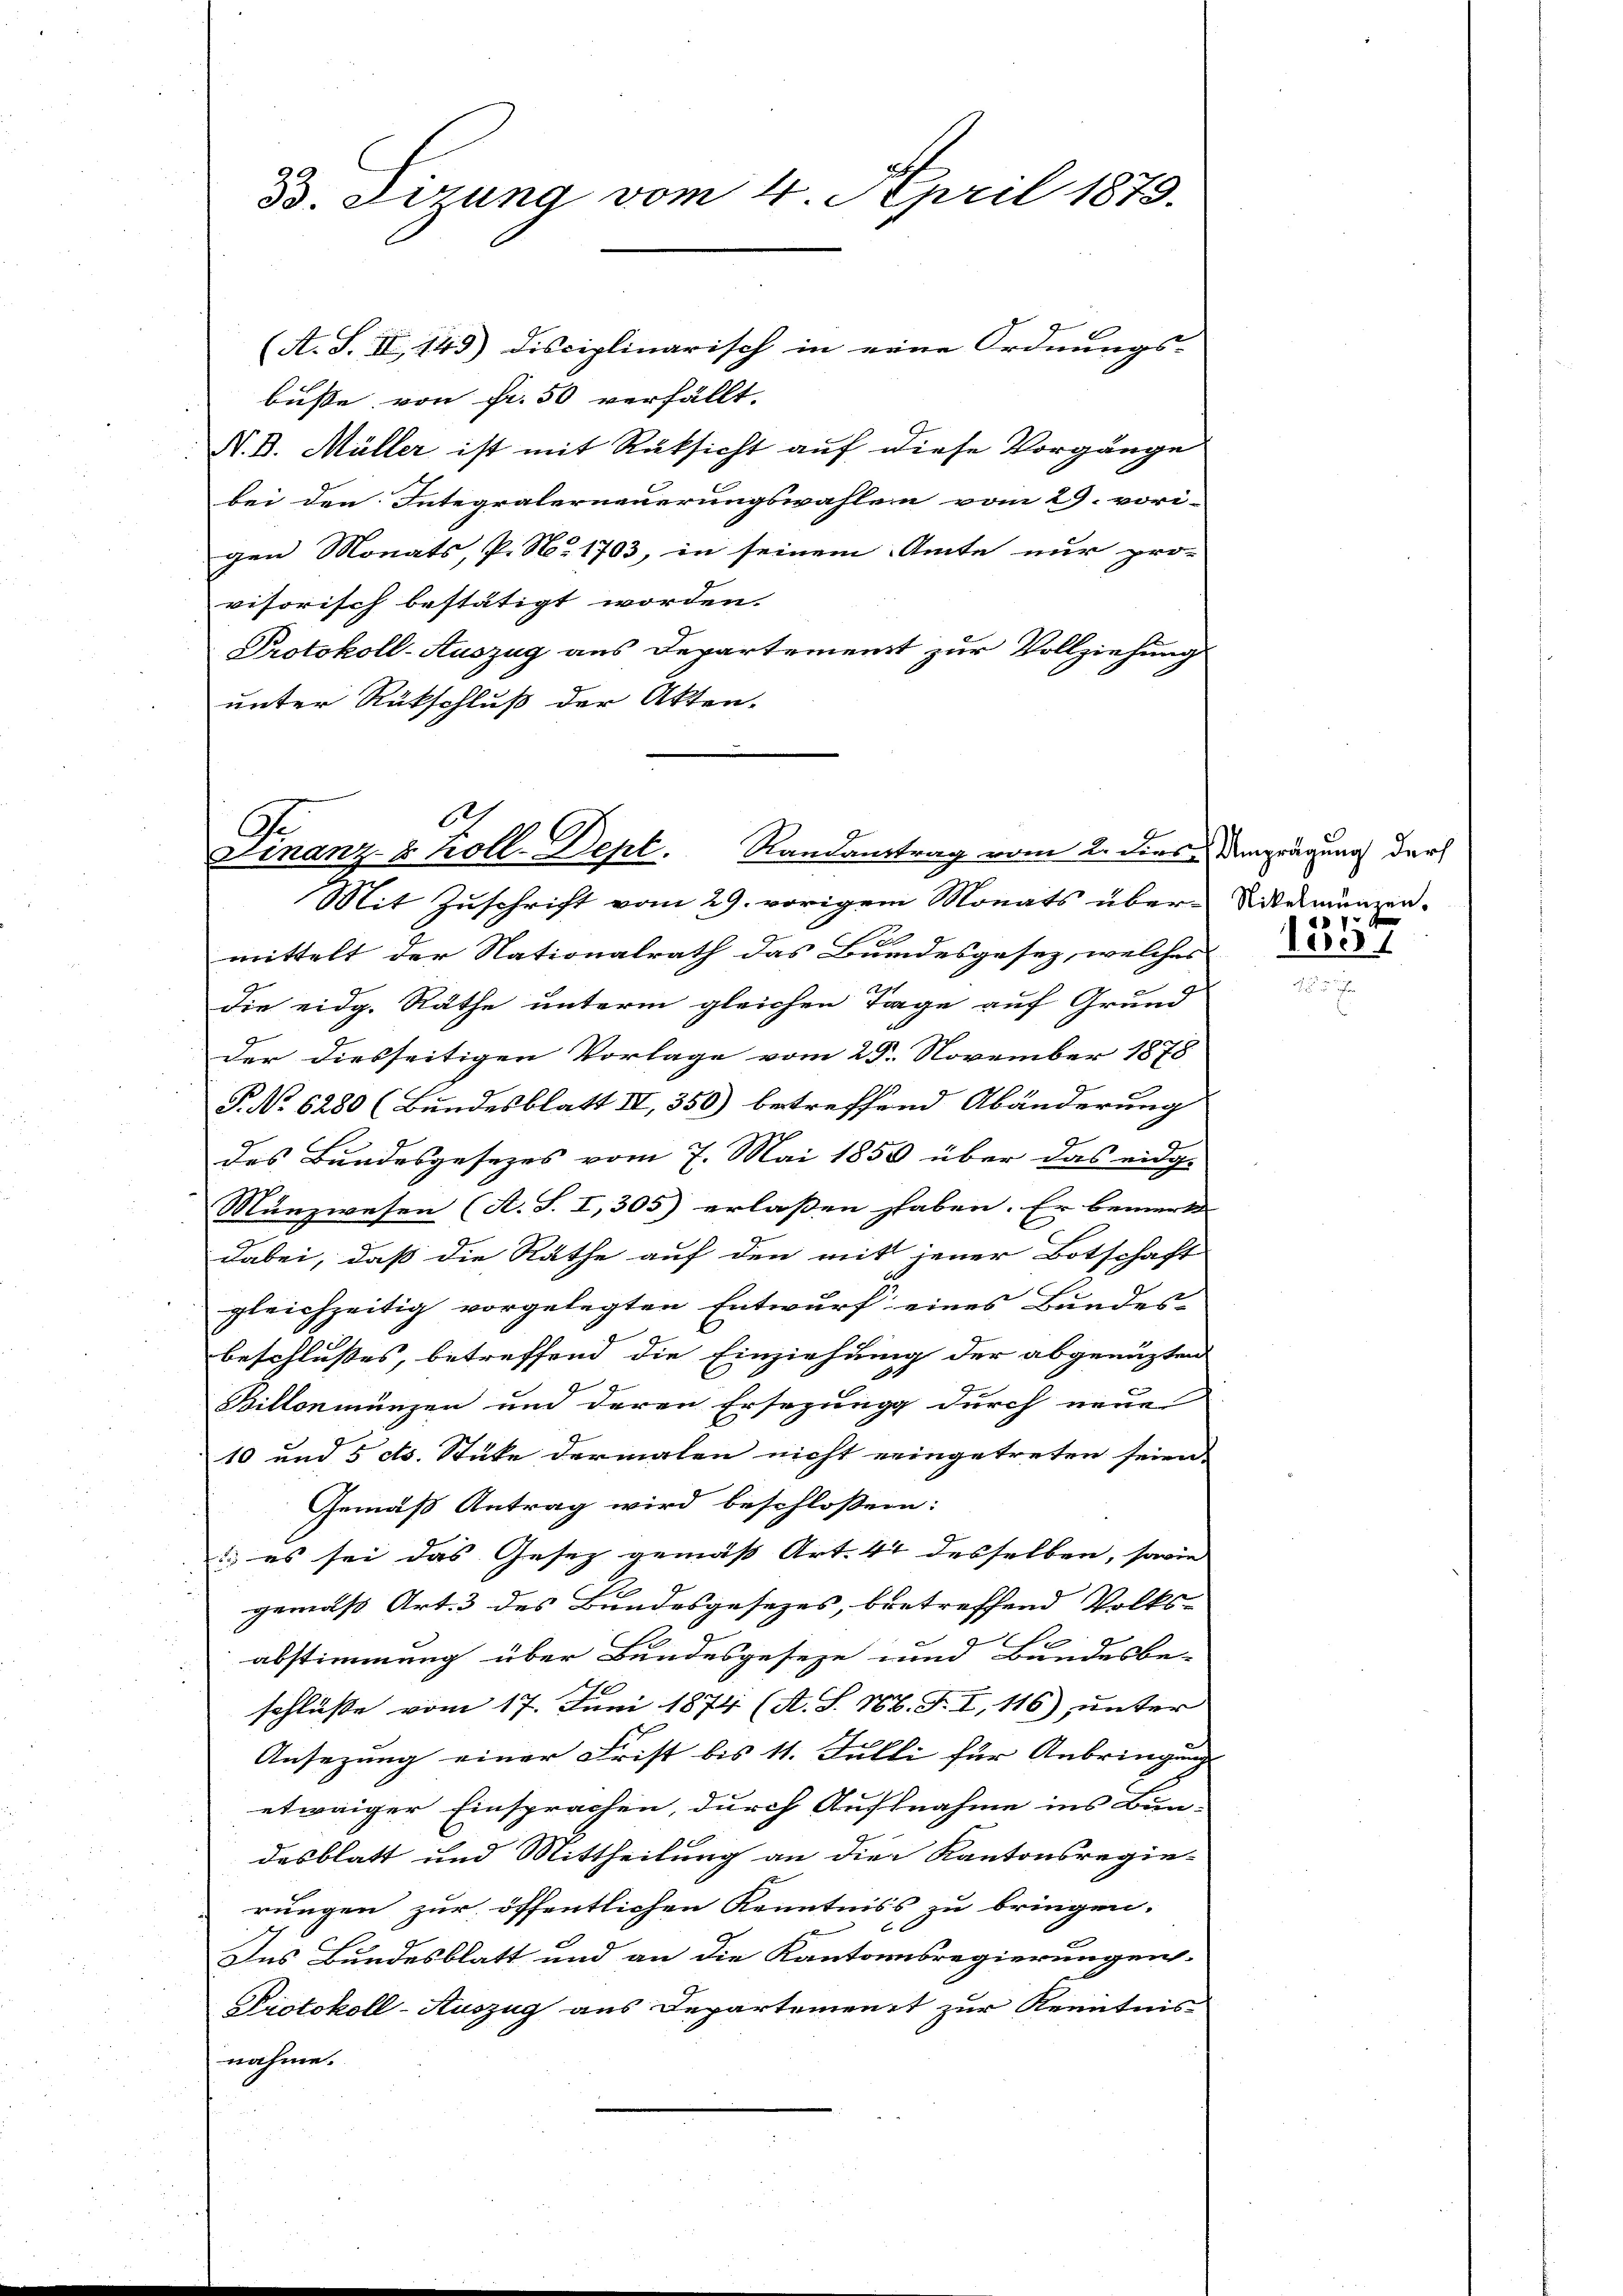
33. Sizung vom 4. April 1873.

(A. S. II, 143) Disciplinarisch in eine Ordnungs- |
busse von Fr. 50 verfällt.
N. D. Müller ist mit Rüksicht auf diese Vorgänge
bei den Integralerneuerungswahlen vom 29. vori-
gen Monats, P. No. 1703, in seinem Amte nur pro-
visorisch bestätigt worden.
Protokoll-Auszug aus Departement zur Vollziehung
unter Rückschluß der Akten-

6
Finanz- u. Koll-Dept. Randantrag vom 2. diese Amprägung der
Mit Zuschrift vom 29. vorigem Monats über-Weimunzen-

mittelt der Nationalrath das Bundesgesez, welches
die eidg. Räthe unterm gleichen Tage auf Grund
der diesseitigen Vorlage vom 29. November 1878
P. No 6280 (Bundesblatt IV, 350) betreffend Abänderung
des Bundesgesezes vom 7. Mai 1850 über das eidg.
Münzwesen (A. S. I,305) erlassen haben. Er bemerk |
dabei, daß die Räthe auf den mit jener Botschaft
C
gleichzeitig vorgelegten Entwurf eines Bundes-
beschlußes, betreffend die Einziehung der abgenuzten
Billonmünzen und deren Ersezung durch neue
10 und 5 cts. Stüke dermalen nicht eingetreten seien.
Gemäß Antrag wird beschloßen:
 es sei das Gesez gemäß Art. 44 desselben, sowie
gemäß Art. 3 des Bundesgesezes, betreffend Volks-
.
abstimmung über Bundesgeseze und Bundesbe-
schlüße vom 17. Juni 1874 (A. S. N. F. I, 116), unter
Ansezung einer Frist bis 11. Fulli für Anbringung
etwaiger Einsprachen, durch Aufnahme ins Bun-
desblatt und Mittheilung an die Kantonsregie-
rungen zur öffentlichen Kenntniss zu bringen.
Ins Bundesblatt und an die Kantonsregierungen
Protokoll-Auszug aus Departement zur Kenntnis
nahme.

1357